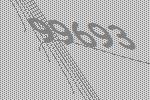
99693